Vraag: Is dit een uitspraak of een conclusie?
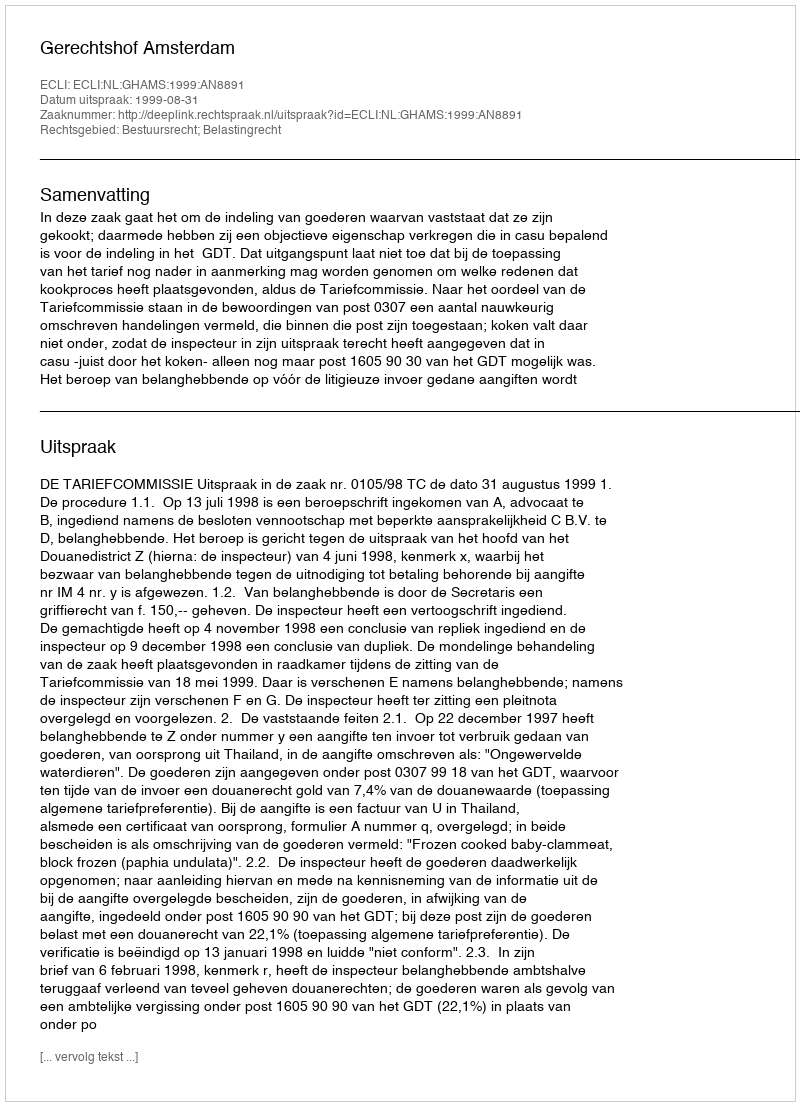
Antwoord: Uitspraak